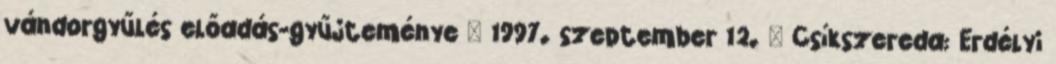
vándorgyűlés előadás-gyűjteménye – 1997. szeptember 12. – Csíkszereda: Erdélyi